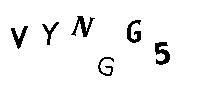
VYNGG5